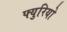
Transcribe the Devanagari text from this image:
फ्युरियो